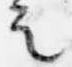
之